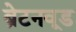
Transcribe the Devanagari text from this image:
ब्रेटनवूड